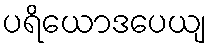
ပရိယောဒပေယျ